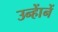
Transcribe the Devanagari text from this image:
उन्हाेंनें